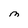
Character: M